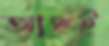
আছই